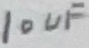
Text: 10uF